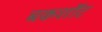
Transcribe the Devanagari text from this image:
बकशॉट